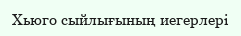
Хьюго сыйлығының иегерлері